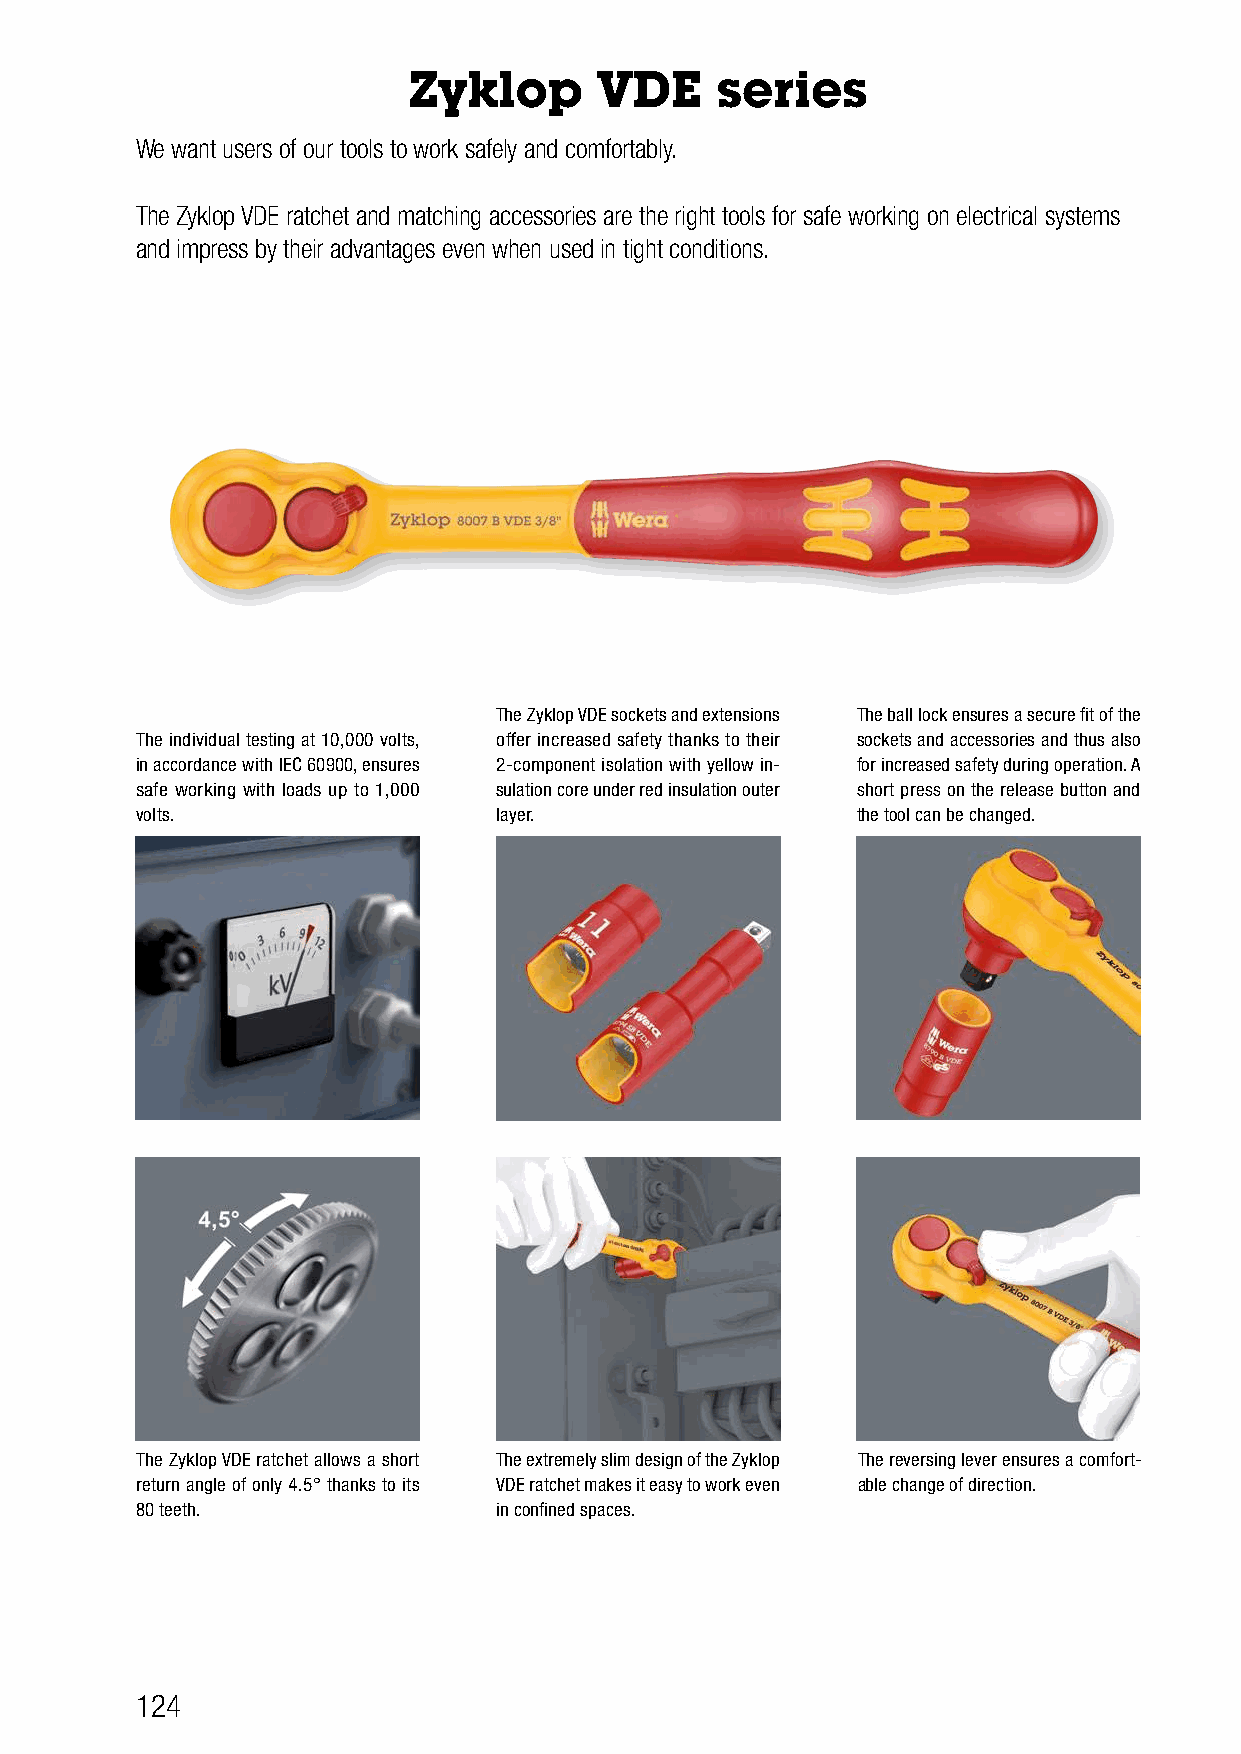
Zyklop       VDE    series
 We want users of our tools to work safely and comfortably.
 The Zyklop VDE ratchet and matching accessories are the right tools for safe working on electrical systems
 and impress by their advantages even when used in tight conditions.
 The Zyklop VDE sockets and extensions The ball lock ensures a secure fit of the
 The individual testing at 10,000 volts, offer increased safety thanks to their sockets and accessories and thus also
 in accordance with IEC 60900, ensures 2-component isolation with yellow in- for increased safety during operation. A
 safe working with loads up to 1,000 sulation core under red insulation outer short press on the release button and
 volts.                  layer.                  the tool can be changed.
 The Zyklop VDE ratchet allows a short The extremely slim design of the Zyklop The reversing lever ensures a comfort-
 return angle of only 4.5° thanks to its VDE ratchet makes it easy to work even able change of direction.
 80 teeth.               in confined spaces.
 124